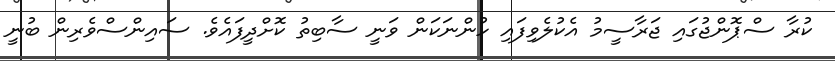
ކުރާ ސްޕޮންޖުގައި ޖަރާސީމު އެކުލެވިފައި ހުންނަކަން ވަނީ ސާބިތު ކޮށްދީފައެވެ. ސައިންސްވެރިން ބުނީ